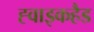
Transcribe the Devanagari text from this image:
ह्वाइकहैड